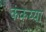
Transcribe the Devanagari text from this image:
कंकय्या